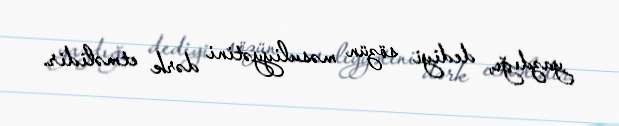
yazdığı, dediyi sözün məsuliyyətini dərk etməlidir.